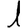
Digit: 1